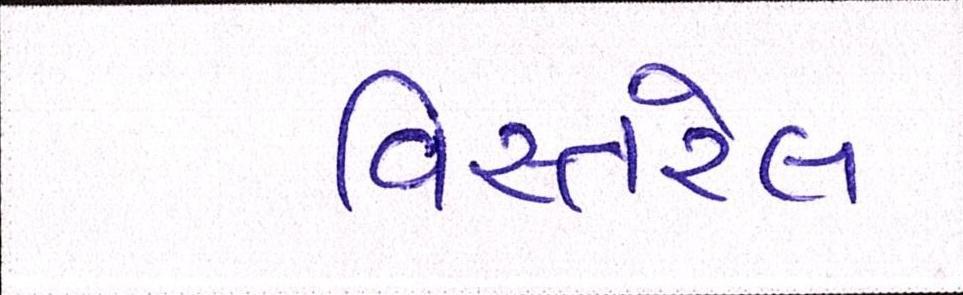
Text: વિસ્તરેલ